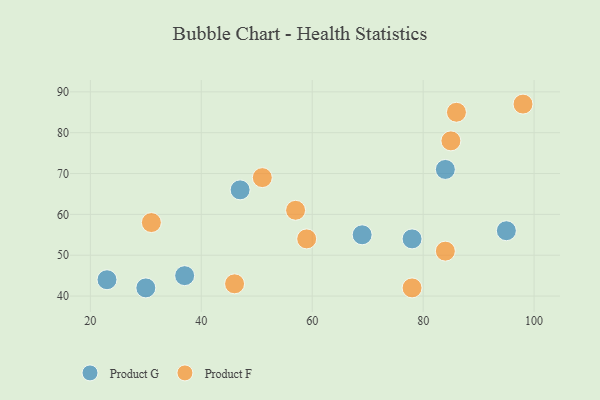
{"axis": {"x": "GDP", "y": "Life Expectancy"}, "legend": ["Product F", "Product G"], "data": [{"x": "47", "y": 66, "type": "Product G"}, {"x": "30", "y": 42, "type": "Product G"}, {"x": "84", "y": 71, "type": "Product G"}, {"x": "69", "y": 55, "type": "Product G"}, {"x": "23", "y": 44, "type": "Product G"}, {"x": "78", "y": 54, "type": "Product G"}, {"x": "37", "y": 45, "type": "Product G"}, {"x": "95", "y": 56, "type": "Product G"}, {"x": "84", "y": 51, "type": "Product F"}, {"x": "78", "y": 42, "type": "Product F"}, {"x": "46", "y": 43, "type": "Product F"}, {"x": "86", "y": 85, "type": "Product F"}, {"x": "51", "y": 69, "type": "Product F"}, {"x": "85", "y": 78, "type": "Product F"}, {"x": "59", "y": 54, "type": "Product F"}, {"x": "57", "y": 61, "type": "Product F"}, {"x": "31", "y": 58, "type": "Product F"}, {"x": "98", "y": 87, "type": "Product F"}]}